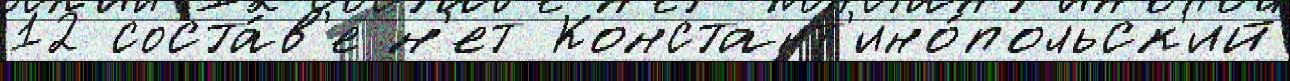
12 соста́в'е н'ет Констант'ино́польск'ий